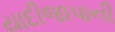
યાદીજાપાની